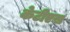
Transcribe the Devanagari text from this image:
केटीएस